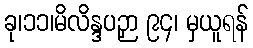
ခု၊၁၁၊မိလိန္ဒပဉှာ ၉၄၊ မှယူရန်